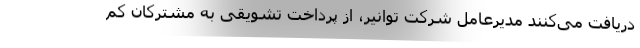
دریافت می‌کنند مدیرعامل شرکت توانیر، از پرداخت تشویقی به مشترکان کم